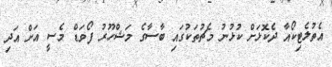
އެތުލެޓިކޯއާ ދެކޮޅަށް ކުޅުނު މެޗުތަކުގައި ބާސާގެ މަޝްހޫރު ފޯވަޑް މެސީ އަށް އަދި